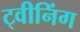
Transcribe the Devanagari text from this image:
ट्वीनिंग